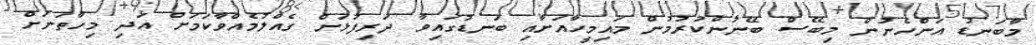
މާބަނޑު އަންހެނުން މިބޭސް ބޭނުންކުރުމުން މައިމީހާއަށާއި ބަނޑުގައިވާ ދަރިފުޅަށް ގެއްލުމެއްވާކަމަށް އަދި މިހާތަނަށް